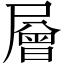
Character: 層